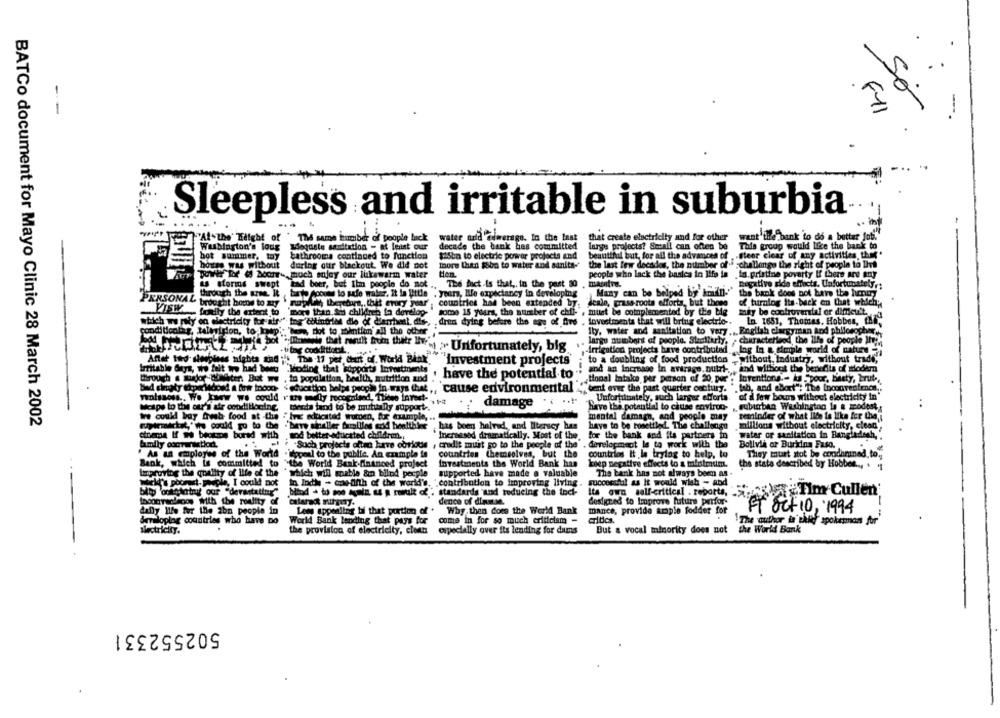
--
F11
Sleepless and irritable in suburbia
water azid @dwerago. In the last
that create electricity and for other
want'tie bank to do a better job."
"Al-the' Weight of " The same humber of people lack
This group would Ifce the back to
Weblogton's loug
Jogaste saidtation - at least our
decade the bank has committed
large projects? Secall can often be
hot summer, tay
bathrooms continued to function
$isbn to electric power projects and
beautiful but, for all the advances of . . steer clear of any activities that"
house was without
during our blackout. We did not
more than $oba to water and sanita-
the last few decades, the number of ."challenge the right of people to live
power for @ Sommr -, much enjoy our lukewarm water
people who lack the basics in life in ta.pristine poverty If there are any
as storing swept kad boer, but Ihin people do not ., The fact.Is that ,. in the past 30 , masifn.
negative side effects. Unfortunately ,;
through the arne. It , bante scouts to safe walar, It la Uttle , years, life expectancy in developing
Many can be belped by imill.' the bank does not have the hmnury
of turning Its-back en that which;
PERSONAL brought hone to my \ nupdike, thereturn, this entry year" , countries had been extended by.
deale, grassroots efforts, but those
WISH tonily the extent to
"more than Sh children in develop-
some 15 yours, the number of chil-", must be complemented by the big
may be controversial or difficult
which we paly on electricity for air " Ing colintrllll die of diarrheal. dis -,
. dren dying before the age of fre . lovestments that will bring electric -.
In. 1651, Thomas. Hobbes, ChZ.
conditionlag, talestrion, to keep': 'han, not to mention all the other
Ity, water and sanitation to very ,, English clergyman and philosopher
. large numbers of people. Stellarly, , characterised, the life of people Ich
20:334brutto tt Wv'" > Unfortunately, big
-irrigation projects have contributed log In a simple world of nature
Aftet ted sleepless nights she ;is The 17 per Cent of. World Bank
to a doubling of food production .without, Industry, without trade,
"investment projects"
Irritable Guys, wo fait tro had been "Jeoding that supports Investments
and an Increase in average. nutri -, and without the benefits of modern
through a marjor Winter. But ww . to population, bedith, nutrition and .
have the potential to
tional Intake per person of 20, pur . lorentions .- ka "pour, basty, brute,
bad simuaty (periodoad a fire incon- < education helps people in ways that,
"bent over the past quarter century. ",tab, and abort"! The Inconvenience ..
Toolsacss .. Wo kanw we could rum ly recognised, wenn." Callse environmental
Unfortunately, such larger efforts of il few bours without electricity in'
Mcspe to the our's air conditioning.
ments fand to be mutually support. * * 2
damage
have the potential to chuse enviroo- suburban Washington la a modest,
We could bay fresh food at -the " Ivac educated Wurden, for example, ..
mental damage, and people may reminder of what ilde is like for the
BATCo document for Mayo Clinic 28 March 2002
pirmirtit," we could go to the 'beve shaller tualiles cod healthles ,has bom halved, and Ilterscy has
have to be tosettled The challenge millions without electricity, clean",
etniame If m beoups bured with mod better-educated children .,
Increased dramatically. Most of the.
for the bank and its partners in water or sanitation in Bangladesh,
family oocruralet
""Such projects often have corious , credit must go to the people of the . development le to work with the
Bolivia or Burkina Faso.
countries themselves, but the
" As an employee of the World . itopenl to the public, An example in
countries It le trying to help, to
They must atot be condemned.to.
Bank, which is committed to "the World Bank-financed project
Investments the World Bank han
kiep negative effects to a minimum.
the state described by Hobbes .. . '
turproving the quality of life of the " which will mcable &n bilnd pecple supported have made a valuable
The bank has not always been as -
successful as It would wish - abd
Perple, I could not
in Indi - moetinth of the world's. "contribution to improving living.
billy ontchatry our "devastating" biod + to soo again as a rowult of ; standards and reducing the toch-
Its own self-critical . reports,
PETIm Cullen
denco of dipuse.
designed to Improve futura perfor-
mance, provide ample fodder for
FT Oct10, 1994
daily life for the ibn people in
Low appealing bif that portion of . Why, then does the World Bank
Seraloping countries who have no World Bank lending that pays for
come in for so much criticism -
"The author is thig spokesman for
sectricity.
the provision of electricity, clean especially over its lending for dams
But & vocal minority does not the World Bank
502552331